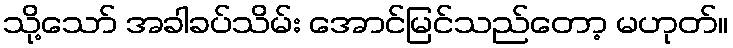
သို့သော် အခါခပ်သိမ်း အောင်မြင်သည်တော့ မဟုတ်။